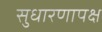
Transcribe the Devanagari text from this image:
सुधारणापक्ष